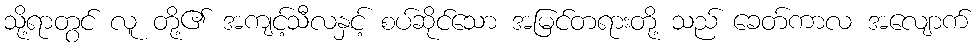
သို့ရာတွင် လူ တို့၏ အကျင့်သီလနှင့် စပ်ဆိုင်သော အမြင်တရားတို့ သည် ခေတ်ကာလ အလျောက်